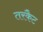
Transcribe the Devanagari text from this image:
तरकैट